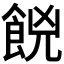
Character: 𮨼